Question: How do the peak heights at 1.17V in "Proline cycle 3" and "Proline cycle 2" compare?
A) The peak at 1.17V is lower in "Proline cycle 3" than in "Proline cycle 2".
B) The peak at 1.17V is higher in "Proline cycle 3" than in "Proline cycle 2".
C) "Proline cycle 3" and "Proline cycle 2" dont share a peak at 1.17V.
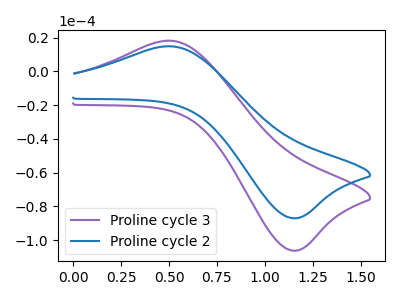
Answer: <think>The purple curve "Proline cycle 3" has an anodic peak at (0.50V, 18.25uA) and a cathodic peak at (1.15V, -106.25uA). The blue curve "Proline cycle 2" has an anodic peak at (0.50V, 14.95uA) and a cathodic peak at (1.15V, -87.00uA).</think>
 <answer>B) The peak at 1.17V is higher in "Proline cycle 3" than in "Proline cycle 2".</answer>
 <eval>B</eval>